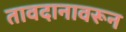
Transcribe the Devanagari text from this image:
तावदानावरून